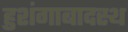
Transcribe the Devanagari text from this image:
हुशंगाबादस्थ